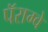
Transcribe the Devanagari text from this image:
पॅराग्वे